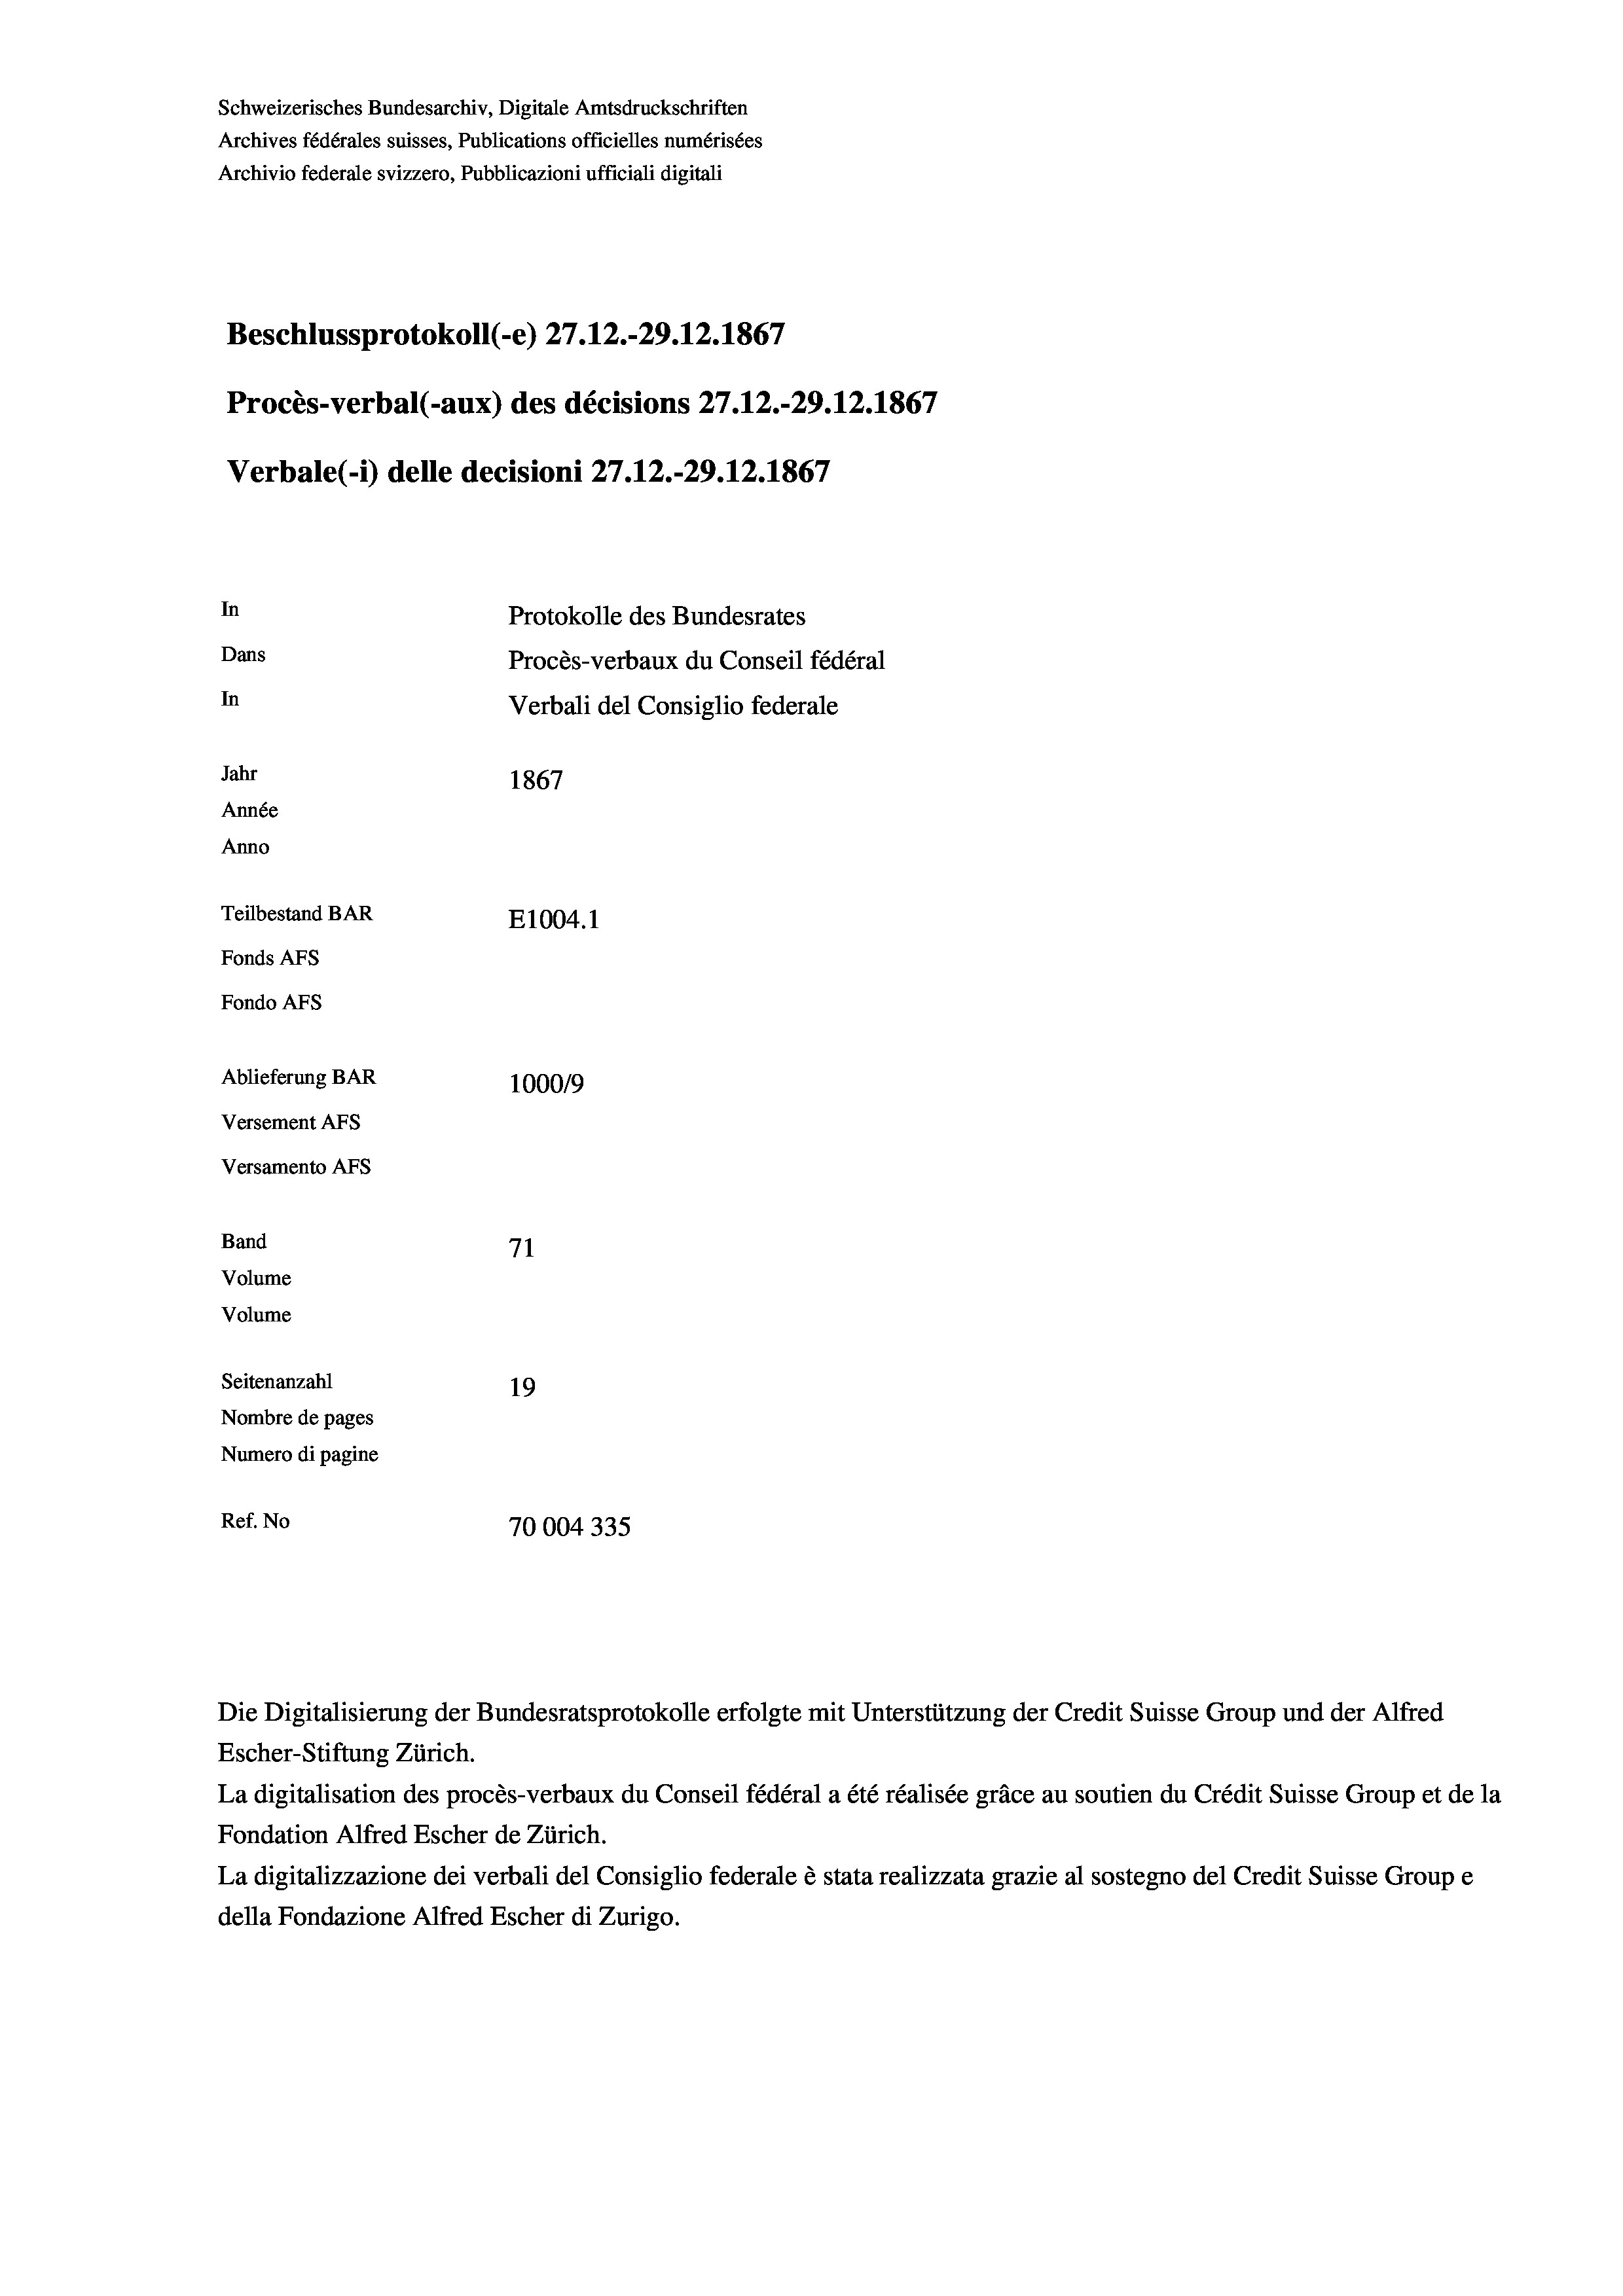
Schweizerisches Bundesarchiv, Digitale Amtsdruckschriften
Archives fédérales suisses, Publications officielles numérisées
Archivio federale svizzero, Pubblicazioni ufficiali digitali
Beschlussprotokoll (-e) 27.12.-29.12.1867
Procès-verbal (-aux) des décisions 27.12.-29.12.1867
Verbale (1) delle decisioni 27.12.-29.12.1867
In
Protokolle des Bundesrates
Dans
Procès-verbaux du Conseil fédéral
In
Verbali del Consiglio federale
Jahr
1867
Année
Anno
Teilbestand BAR
E1004.1
Fonds AFs
Fondo AFS

Ablieferung BAR
Versement AFs
Versamento AFs
Band
Volume
Volume
Seitenanzahl

100019
71
19
Nombre de pages
Numero di pagine
Ref. No
70004335
Die Digitalisierung der Bundesratsprotokolle erfolgte mit Unterstützung der Credit Suisse Group und der Alfred
Escher-Stiftung Zürich.

La digitalisation des procès-verbaux du Conseil fédéral a été réalisée gräce au soutien du Crédit Suisse Group et de la
Fondation Alfred Escher de Zürich.
La digitalizzazione dei verbali del Consiglio federale è stata realizzata grazie al sostegno del Credit Suisse Groupe
della Fondazione Alfred Escher di Zurigo.